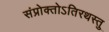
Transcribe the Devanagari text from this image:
संप्रोक्तोऽतिरथस्तु